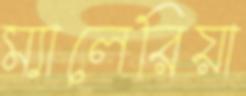
ম্যালেরিয়া